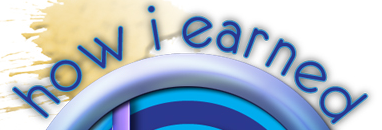
how i earned